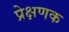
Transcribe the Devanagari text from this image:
प्रेक्षणक